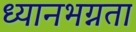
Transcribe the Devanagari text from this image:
ध्यानभग्नता